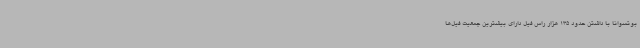
بوتسوانا با داشتن حدود 135 هزار راس فیل دارای بیشترین جمعیت فیل‌ها